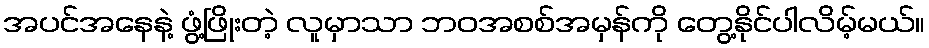
အပင်အနေနဲ့ ဖွံ့ဖြိုးတဲ့ လူမှာသာ ဘဝအစစ်အမှန်ကို တွေ့နိုင်ပါလိမ့်မယ်။